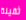
ثقيلة